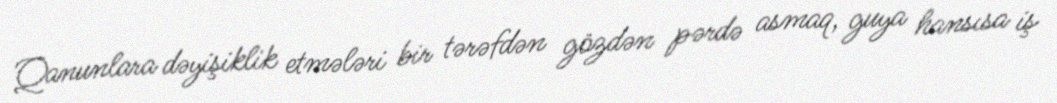
Qanunlara dəyişiklik etmələri bir tərəfdən gözdən pərdə asmaq, guya hansısa iş